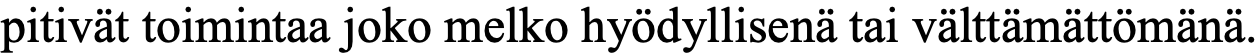
pitivät toimintaa joko melko hyödyllisenä tai välttämättömänä.